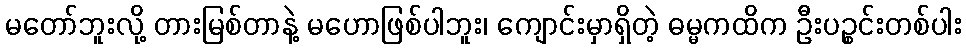
မတော်ဘူးလို့ တားမြစ်တာနဲ့ မဟောဖြစ်ပါဘူး၊ ကျောင်းမှာရှိတဲ့ ဓမ္မကထိက ဦးပဉ္စင်းတစ်ပါး